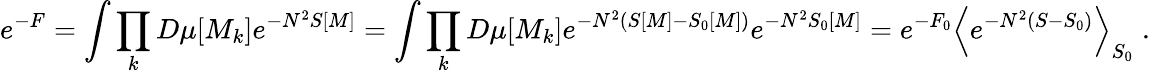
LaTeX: e^{-F}=\int\prod_{k}D\mu[M_{k}]e^{-N^{2}S[M]}=\int\prod_{k}D\mu[M_{k}]e^{-N^{2}(S[M]-S_{0}[M])}e^{-N^{2}S_{0}[M]}=e^{-F_{0}}\Big<e^{-N^{2}(S-S_{0})}\Big>_{S_{0}}\; .